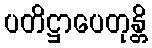
ပတိဋ္ဌာပေတုန္တိ